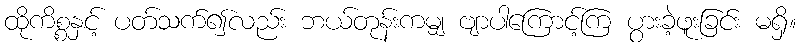
ထိုကိစ္စနှင့် ပတ်သက်၍လည်း ဘယ်တုန်းကမျှ ဗျာပါကြောင့်ကြ ပွားခဲ့ဖူးခြင်း မရှိ။